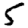
Digit: 5